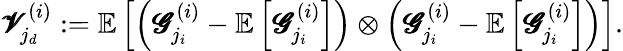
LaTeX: \pmb{\mathscr{V}}_{j_{d}}^{(i)}:=\mathbb{E}\left[\left(\pmb{\mathscr{G}}_{j_{i}}^{(i)}-\mathbb{E}\left[\pmb{\mathscr{G}}_{j_{i}}^{(i)}\right]\right)\otimes\left(\pmb{\mathscr{G}}_{j_{i}}^{(i)}-\mathbb{E}\left[\pmb{\mathscr{G}}_{j_{i}}^{(i)}\right]\right)\right].